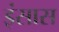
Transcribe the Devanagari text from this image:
इंसास